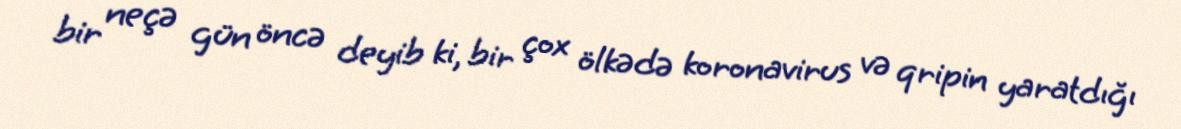
bir neçə gün öncə deyib ki, bir çox ölkədə koronavirus və qripin yaratdığı